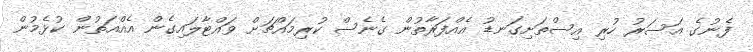
ފެނުގެ އަސަރު ހުރި އިސްތަށިގަނޑު އެއްފަރާތުން ގެނެސް ކުރިމައްޗަށް ވައްޓާލައިގެން އެއްއަތުން ކުޅެމުން